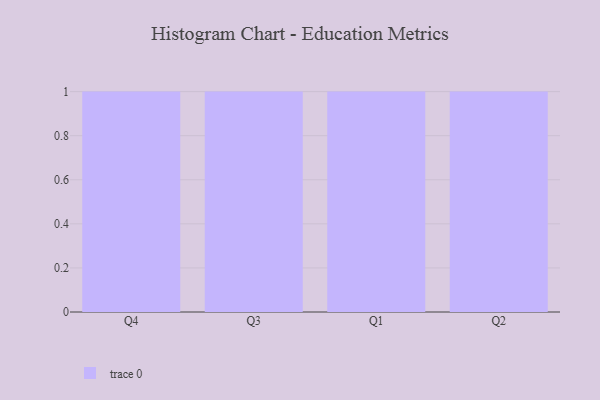
{"axis": {"x": "Quarter", "y": "LTV (USD)"}, "legend": [""], "data": [{"x": "Q4", "y": 60, "type": ""}, {"x": "Q3", "y": 32, "type": ""}, {"x": "Q1", "y": 71, "type": ""}, {"x": "Q2", "y": 81, "type": ""}]}